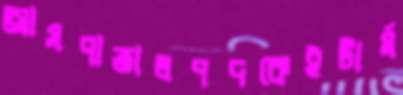
আসপাতালপদকেইটার্ম